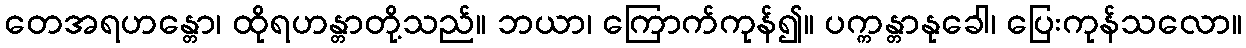
တေအရဟန္တော၊ ထိုရဟန္တာတို့သည်။ ဘယာ၊ ကြောက်ကုန်၍။ ပက္ကန္တာနုခေါ၊ ပြေးကုန်သလော။